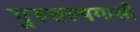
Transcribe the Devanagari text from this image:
गुरुतल्पगासी